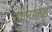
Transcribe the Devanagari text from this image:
ध्यानाकडे